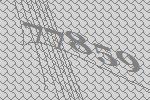
77859